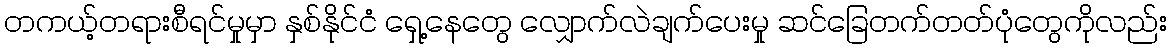
တကယ့်တရားစီရင်မှုမှာ နှစ်နိုင်ငံ ရှေ့နေတွေ လျှောက်လဲချက်ပေးမှု ဆင်ခြေတက်တတ်ပုံတွေကိုလည်း